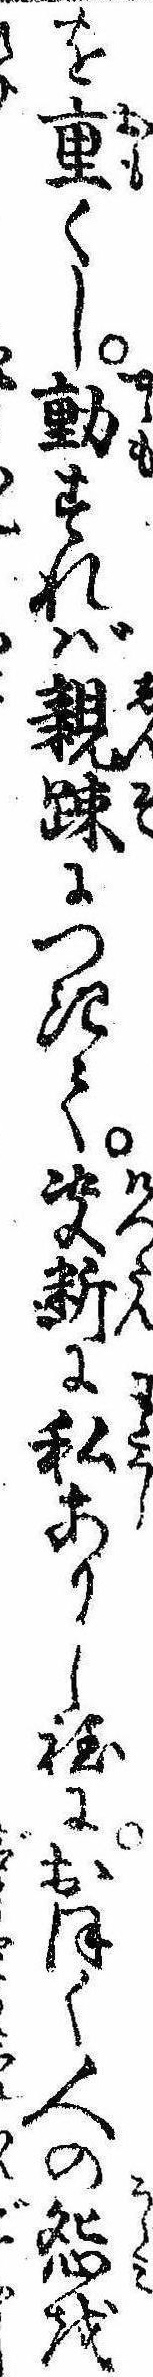
を重くし動すれば親疎につきて決断に私ありし程におほく人の怨を